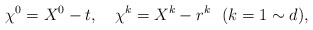
\begin{align*}\chi^0 = X^0 - t, ~~~ \chi^k = X^k - r^k~~(k=1 \sim d),\end{align*}